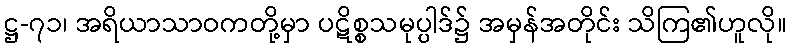
ဋ္ဌ-၇၁၊ အရိယာသာဝကတို့မှာ ပဋိစ္စသမုပ္ပါဒ်၌ အမှန်အတိုင်း သိကြ၏ဟူလို။